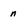
Character: n